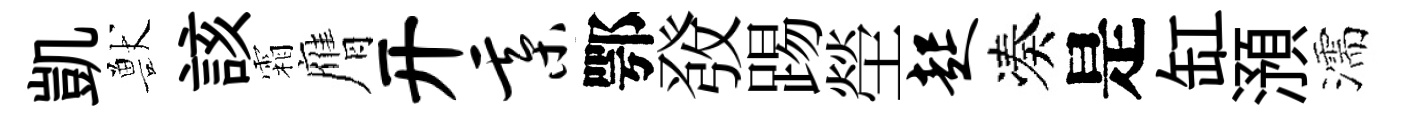
凱獸該霜膺开綦鄂𤼲踢塋起凑是缸澦濡